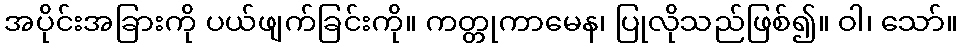
အပိုင်းအခြားကို ပယ်ဖျက်ခြင်းကို။ ကတ္တုကာမေန၊ ပြုလိုသည်ဖြစ်၍။ ဝါ၊ သော်။